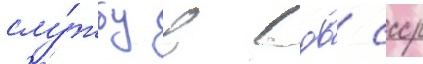
слу́жбу в вдв ссср